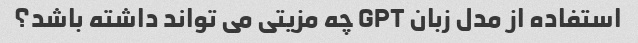
استفاده از مدل زبان GPT چه مزیتی می تواند داشته باشد؟